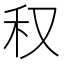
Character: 𥝐